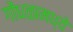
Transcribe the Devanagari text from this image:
गोंधळामध्ये